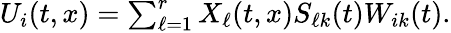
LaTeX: \begin{array}{r}{U_{i}(t,x)=\sum_{\ell=1}^{r}X_{\ell}(t,x)S_{\ell k}(t)W_{ik}(t).}\end{array}